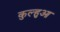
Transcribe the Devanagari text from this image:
कुल्हुआ